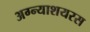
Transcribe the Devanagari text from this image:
अग्न्याशयरस